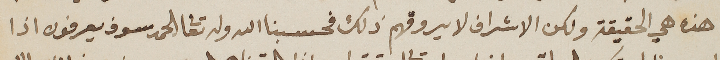
هذه هي الحقيقة ولكن الاشراف لا يروقهم ذلك فحسبنا الله وله تعالى الحمد سوف يعرفون اذا